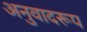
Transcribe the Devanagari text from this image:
अनुवादरूप